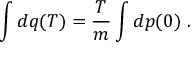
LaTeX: \int d q ( T ) = \frac { T } { m } \int d p ( 0 ) \; .